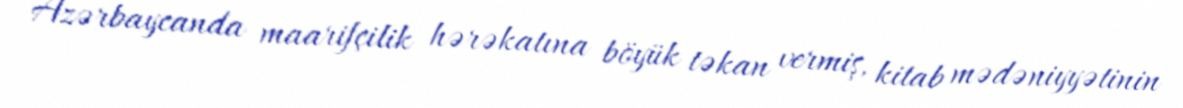
Azərbaycanda maarifçilik hərəkatına böyük təkan vermiş, kitab mədəniyyətinin